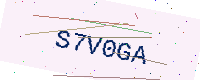
Text: S7V0GA